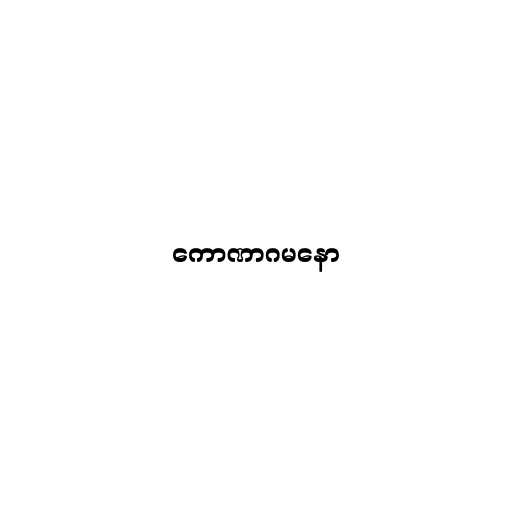
ကောဏာဂမနော